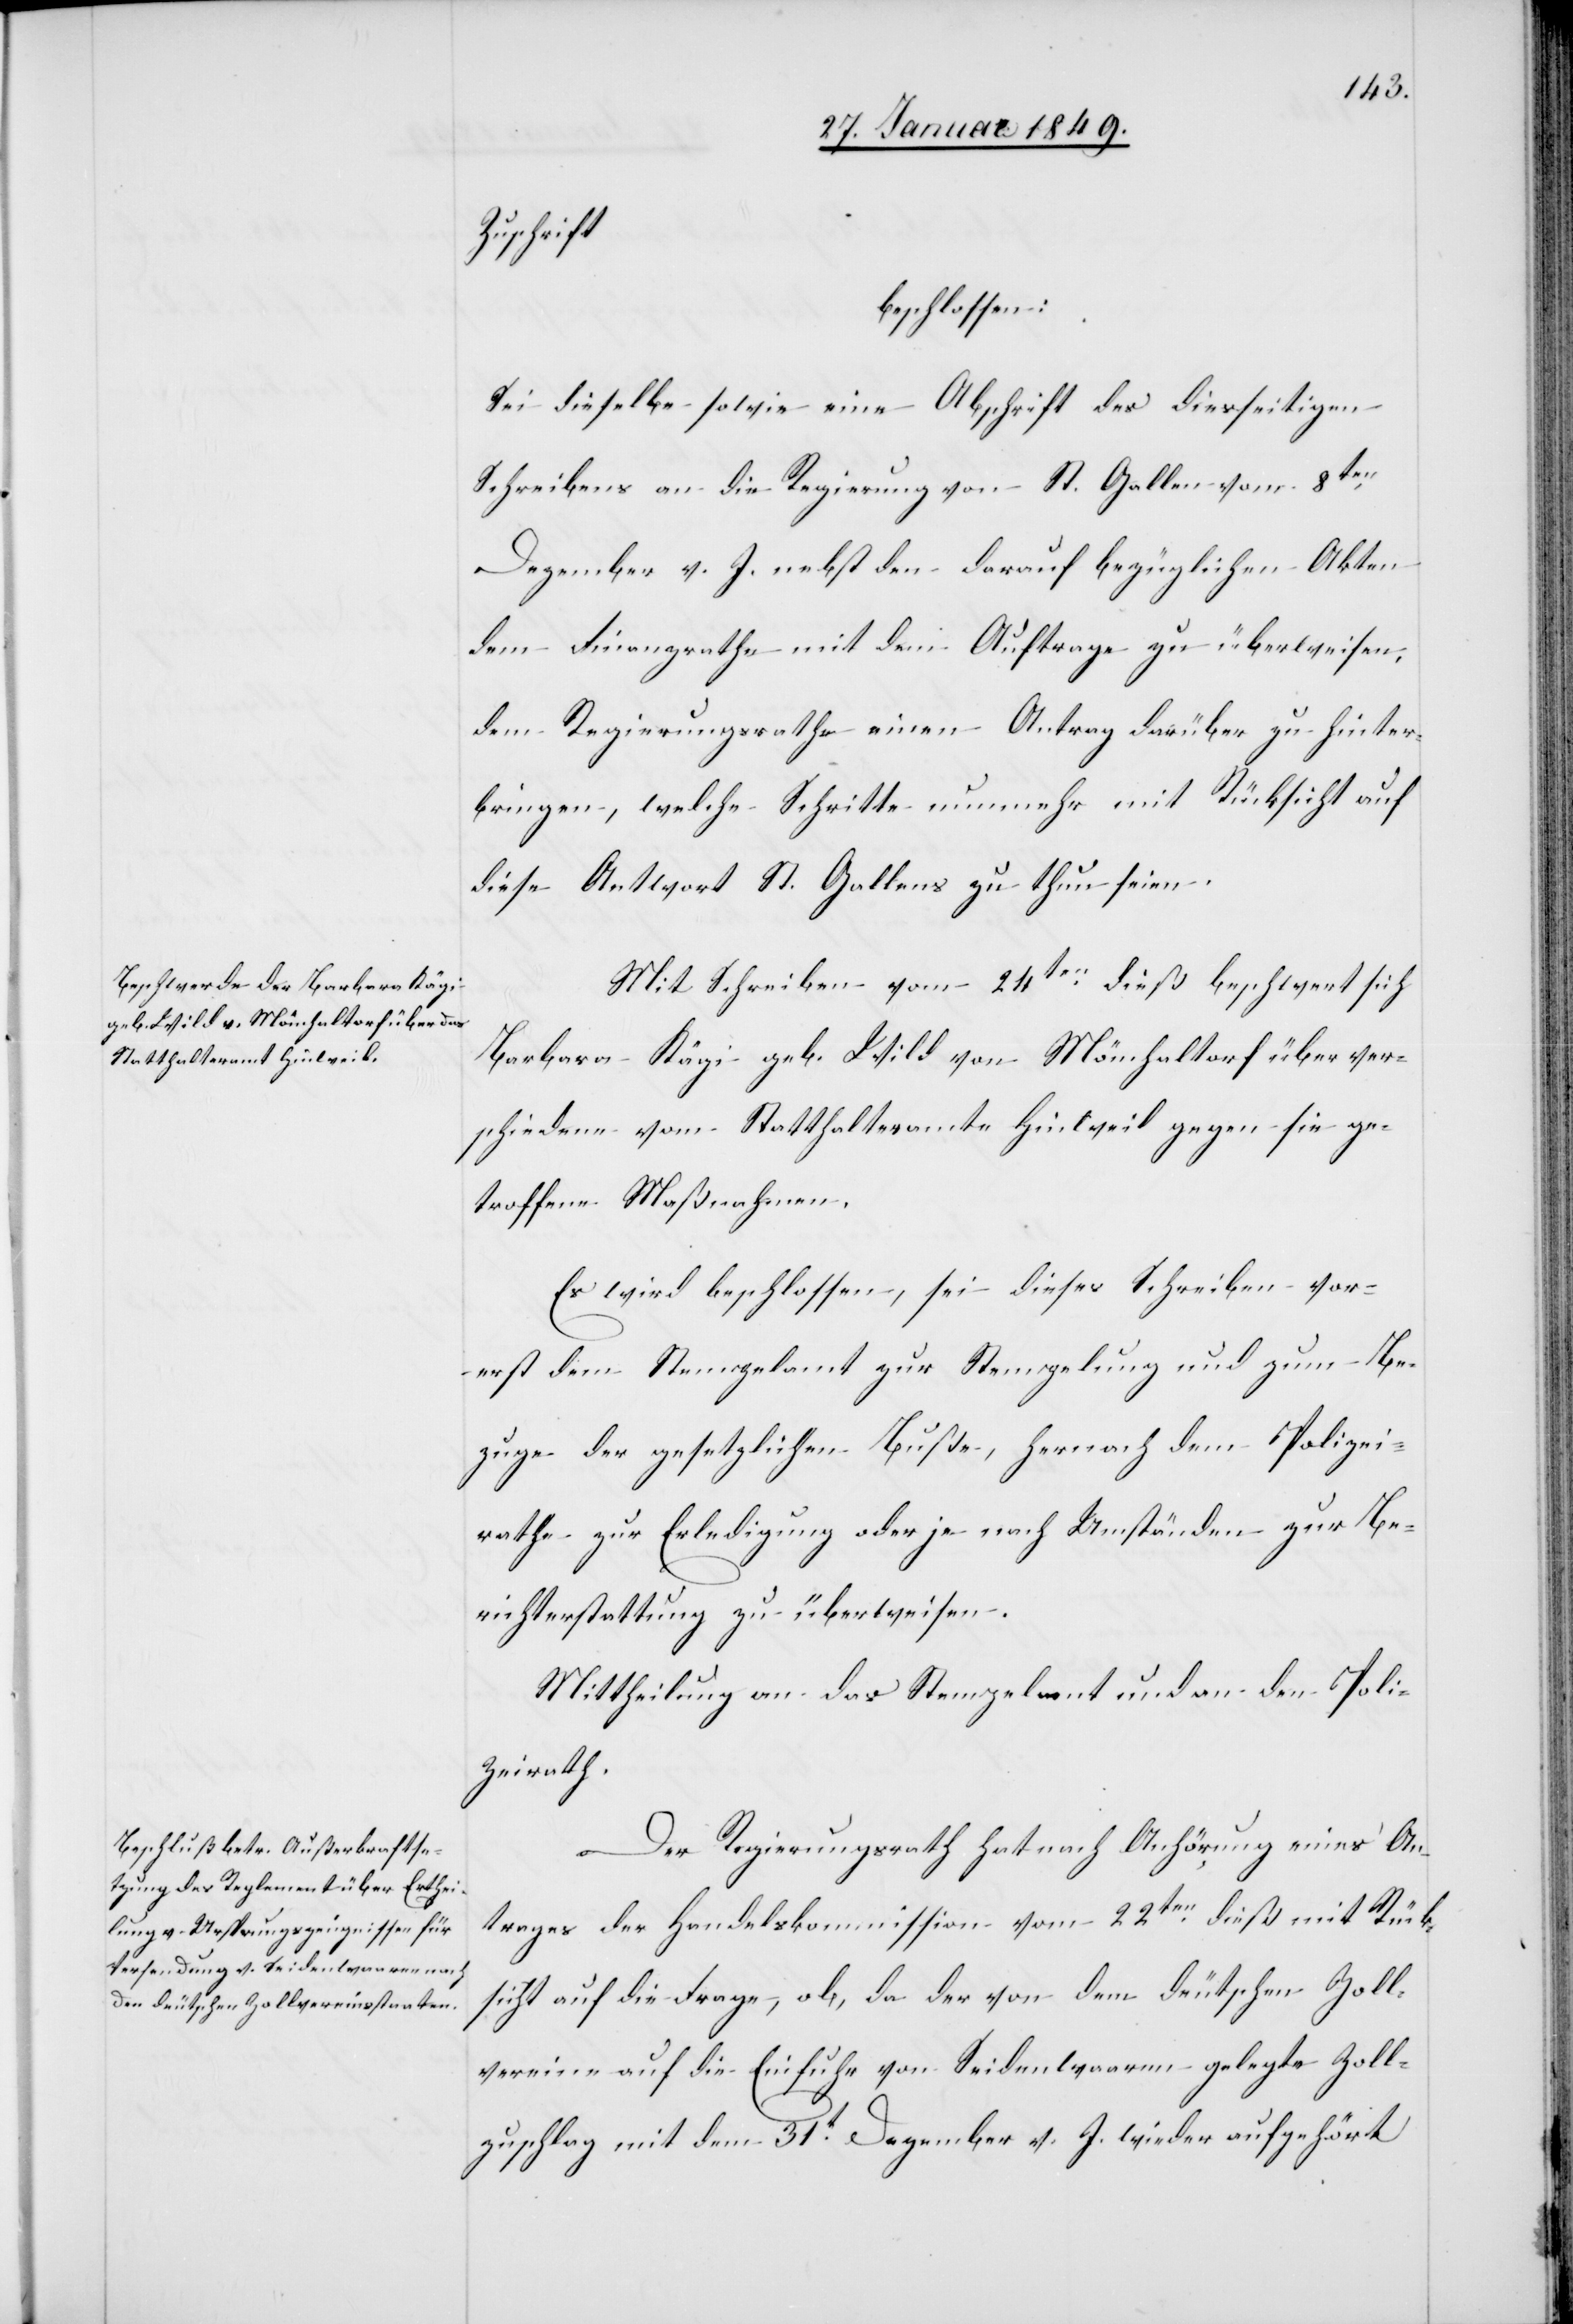
Zuschrift
beschlossen:
Sei dieselbe sowie eine Abschrift des diesseitigen
Schreibens an die Regierung von St. Gallen vom 8ten.
Dezember v. J. nebst den darauf bezüglichen Akten
dem Finanzrathe mit dem Auftrage zu überweisen,
dem Regierungsrathe einen Antrag darüber zu hinter¬
bringen, welche Schritte nunmehr mit Rücksicht auf
diese Antwort St. Gallens zu thun seien.
Mit Schreiben vom 24ten. dieß beschwert sich
Barbara Kägi geb. Wild von Mönchaltorf über ver¬
schiedene vom Statthalteramte Hinweil gegen sie ge¬
troffene Maßnahmen.
Es wird beschlossen, sei dieses Schreiben vor¬
erst dem Stempelamt zur Stempelung und zum Be¬
zuge der gesetzlichen Buße, hernach dem Polizei¬
rathe zur Erledigung oder je nach Umständen zur Be¬
richterstattung zu überweisen.
Mittheilung an das Stempelamt und an den Poli¬
zeirath.
Der Regierungsrath hat nach Anhörung eines An¬
trages der Handelskommission vom 22ten. dieß mit Rück¬
sicht auf die Frage, ob, da der von dem deutschen Zoll¬
vereine auf die Einfuhr von Seidenwaaren gelegte Zoll¬
zuschlag mit dem 31t. Dezember v. J. wieder aufgehört